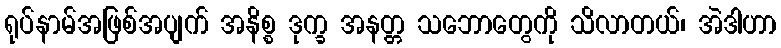
ရုပ်နာမ်အဖြစ်အပျက် အနိစ္စ ဒုက္ခ အနတ္တ သဘောတွေကို သိလာတယ်၊ အဲဒါဟာ